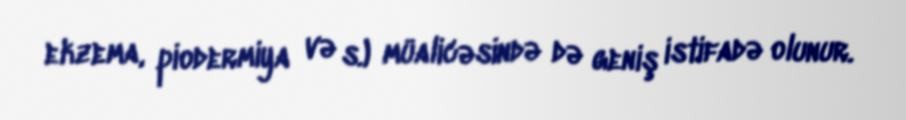
ekzema, piodermiya və s.) müalicəsində də geniş istifadə olunur.